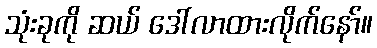
သုံးခုကို ဆယ် ဒေါ်လာထားလိုက်နော်။